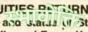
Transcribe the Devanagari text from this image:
स्भावोक्ति